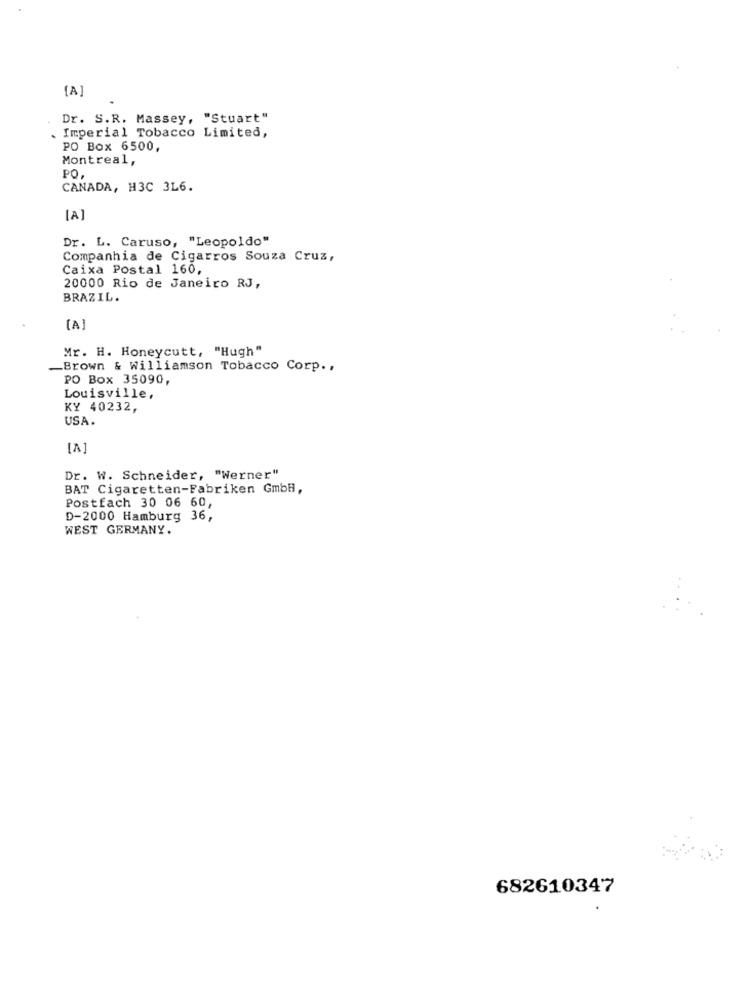
[A]
Dr. S.R. Massey, "Stuart"
Imperial Tobacco Limited,
PO Box 6500,
Montreal,
PO.
CANADA, H3C 3L6.
[A]
Dr. L. Caruso, "Leopoldo"
Companhia de Cigarros Souza Cruz,
Caixa Postal 160,
20000 Rio de Janeiro RJ,
BRAZIL.
[A]
Mr. H. Honeycutt, "Hugh"
_Brown & Williamson Tobacco Corp .,
PO Box 35090,
Louisville,
KY 40232,
USA.
[A]
Dr. W. Schneider, "Werner"
BAT Cigaretten-Fabriken GmbH,
Postfach 30 06 60,
D-2000 Hamburg 36,
WEST GERMANY.
682610347